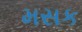
મસક